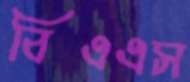
বিএএস